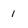
Character: 1